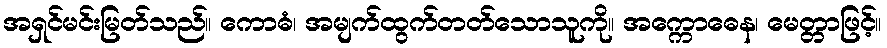
အရှင်မင်းမြတ်သည်။ ကောဓံ၊ အမျက်ထွက်တတ်သောသူကို။ အက္ကောဓေန၊ မေတ္တာဖြင့်။